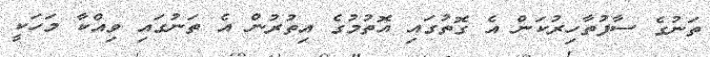
ތަނުގެ ސާފުތާހިރުކަން އެ ގޮތުގައި އޮތުމުގެ އިތުރުން އެ ތަނުގައި ވިއްކާ މަހަކީ